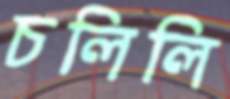
চলিলি